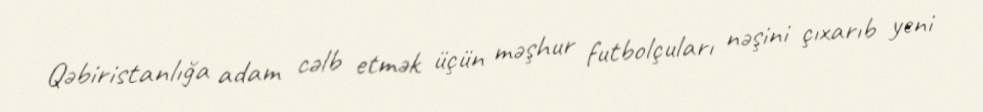
Qəbiristanlığa adam cəlb etmək üçün məşhur futbolçuları nəşini çıxarıb yeni